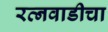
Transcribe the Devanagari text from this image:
रत्नवाडीचा